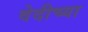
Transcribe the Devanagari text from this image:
वेदीच्या